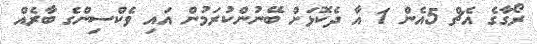
ރޯގާގެ އެޗް 5އެން 1 އާ ދެކޮޅަށް ބޭނުންކުރަމުން އައި ވެކްސިންގެ ބާރެއް